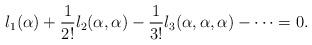
LaTeX: \begin{align*}l_1 (\alpha ) + \frac{1}{2!} l_2 (\alpha, \alpha) - \frac{1}{3!} l_3 (\alpha, \alpha, \alpha ) - \cdots = 0.\end{align*}